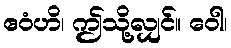
ဧဝံဟိ၊ ဤသို့လျှင်။ ဝေါ၊